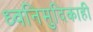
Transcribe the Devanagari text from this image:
ध्वनिमुदिकाही